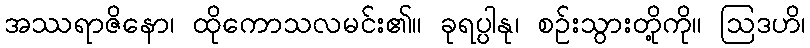
အဿရာဇိနော၊ ထိုကောသလမင်း၏။ ခုရပ္ပါနု၊ စဉ်းသွားတို့ကို။ ဩဒဟိ၊